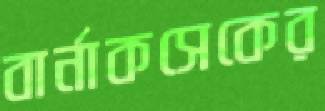
বার্নাকসেকের